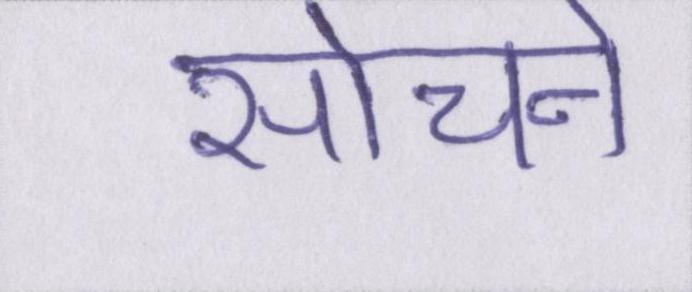
सोचने